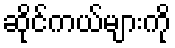
ဆိုင်ကယ်များကို